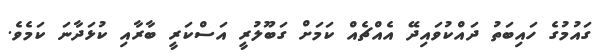
ގައުމުގެ ހައިބަތު ދައްކުވައިދޭ އެއްޗެއް ކަަމަށް ގަބޫލުުރީ އަސްކަރީ ބާރާއި ކުޅަދާނަ ކަމެވެ.